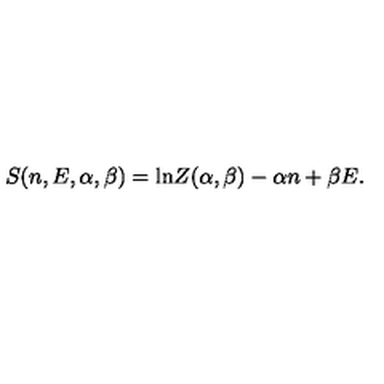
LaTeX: S ( n , E , \alpha , \beta ) = \mathrm { l n } Z ( \alpha , \beta ) - \alpha n + \beta E .